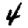
Digit: 4